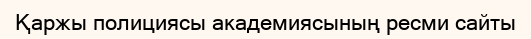
Қаржы полициясы академиясының ресми сайты